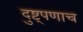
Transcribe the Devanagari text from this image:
दुष्ट्पणाच